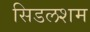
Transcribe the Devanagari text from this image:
सिडलशम